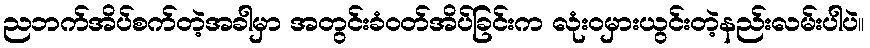
ညဘက်အိပ်စက်တဲ့အခါမှာ အတွင်းခံဝတ်အိပ်ခြင်းက လုံးဝမှားယွင်းတဲ့နည်းလမ်းပါပဲ။